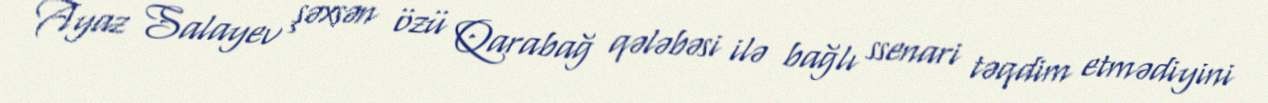
Ayaz Salayev şəxsən özü Qarabağ qələbəsi ilə bağlı ssenari təqdim etmədiyini